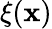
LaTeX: \xi(\mathbf{x})